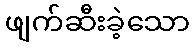
ဖျက်ဆီးခဲ့သော